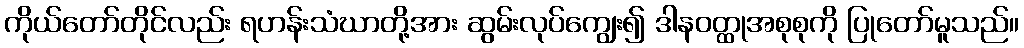
ကိုယ်တော်တိုင်လည်း ရဟန်းသံဃာတို့အား ဆွမ်းလုပ်ကျွေး၍ ဒါနဝတ္ထုအစုစုကို ပြုတော်မူသည်။